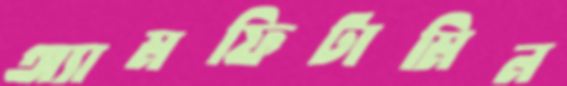
অ্যামফিটামিন